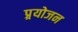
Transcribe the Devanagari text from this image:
प्र्रयोजन